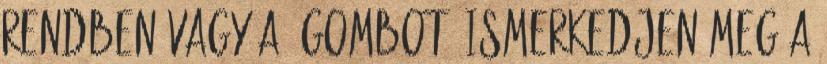
Rendben vagy a gombot. Ismerkedjen meg a